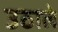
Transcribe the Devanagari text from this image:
उठाले